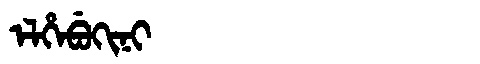
Manchu: ᡝᠯᡥᡝᠪᡠᡴᡳᠨᡳ
Romanization: ELHEBUKINI